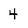
Character: 4